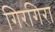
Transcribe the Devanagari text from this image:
गिरगिरा